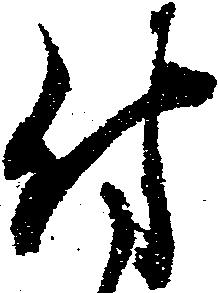
付